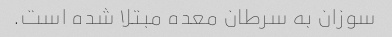
سوزان به سرطان معده مبتلا شده است.